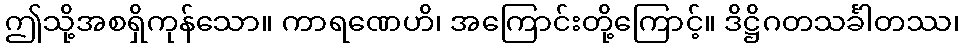
ဤသို့အစရှိကုန်သော။ ကာရဏေဟိ၊ အကြောင်းတို့ကြောင့်။ ဒိဋ္ဌိဂတသင်္ခါတဿ၊